Sanitation, dispensaries and jails vaccination Rajputana 1922-1927 - 1922-1927
Year: 1922
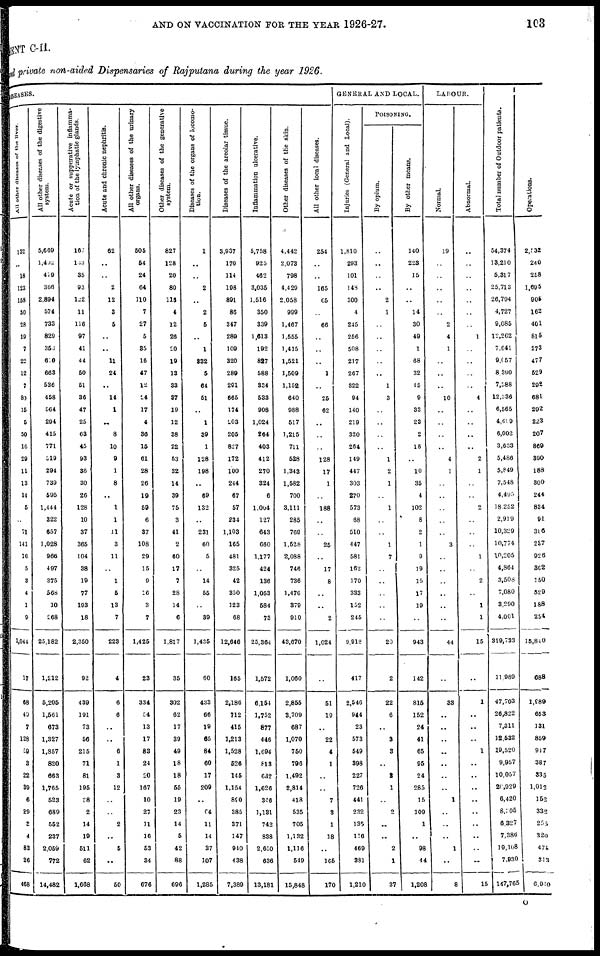
AND ON VACCINATION FOR THE YEAR 1926-27.
103
MENT C-II.
and private non-aided Dispensaries of Rajputana during the year 1926.
DISEASES.
All other diseases of the liver.
132
..
18
123
153
30
28
19
7
22
12
7
80
15
5
50
16
29
11
13
14
5
..
71
141
16
5
3
4
1
9
1,044
17
68
40
7
128
59
3
22
39
6
29
3
4
83
26
468
All other diseases of the digestive
system.
5,669.
1,402
479
366
2,894
574
733
829
353
610
663
536
458
564
294
415
771
319
294
739
595
1,444
322
657
1,028
966
497
375
568
10
268
25,182
1,212
5,205
1,561
673
1,327
1,857
820
663
1,765
523
689
552
237
2,059
772
14,482
Acute or suppurative inflamma-
tion of the lymphatic glands.
167
133
35
93
122
11
116
97
41
44
50
51
36
47
25
63
45
93
36
30
26
128
10
37
365
104
38
19
77
193
18
2,350
92
439
191
73
56
215
71
81
195
38
2
14
19
511
62
1,668
Acute and chronic nephritis.
62
..
..
2
12
3
5
..
..
11
24
..
14
1
..
8
10
9
1
8
..
1
1
11
3
11
..
1
5
13
7
223
4
6
6
..
..
6
1
3
12
..
..
2
..
5
..
50
All other diseases of the urinary
organs.
505
54
24
64
110
7
27
5
35
16
47
12
24
17
4
36
15
61
28
26
19
59
6
37
108
29
15
9
16
3
7
1,425
23
334
54
13
17
83
24
20
167
10
27
11
16
53
34
676
Other diseases of the generative
system.
827
128
20
80
116
4
12
26
20
19
13
33
37
19
12
38
22
53
32
14
39
75
3
41
2
60
17
7
28
14
6
1,817
35
302
62
17
39
49
18
18
55
19
23
14
5
42
88
696
Diseases of the organs of locomo-
tion.
1
..
..
2
..
2
5
..
1
832
5
64
51
..
1
39
1
128
198
..
69
132
..
231
60
5
..
14
55
..
39
1,435
60
433
66
19
65
84
60
17
209
..
64
11
14
37
107
1,285
Diseases of the areolar tissue.
3,937
170
114
198
891
86
347
289
109
320
289
291
665
174
203
205
827
172
100
244
67
57
234
1,103
165
481
325
42
350
123
68
12,646
165
2,186
712
415
1,213
1,528
526
145
1,154
890
385
371
147
940
438
7,389
Inflammation ulcerative.
5,758
925
462
3,035
1,516
350
339
1,613
192
827
588
334
533
908
1,024
264
403
412
270
324
6
1,004
127
643
660
1,177
424
136
1,053
584
73
25,364
1,572
6,154
1,752
877
446
1,694
813
632
1,626
346
1,131
742
838
2,650
636
13,181
Other diseases of the skin.
4,442
2,073
798
4,429
2,058
999
1,467
1,555
1,415
1,521
1,509
1,152
640
988
517
1,215
711
528
1,343
1,582
700
3,111
285
769
1,528
2,088
746
736
1,476
379
910
43,670
1,060
2,855
3,709
687
1,070
750
796
1,492
2,814
418
535
705
1,132
1,116
549
15,848
All other local diseases.
254
..
..
165
65
..
66
..
..
..
1
..
25
62
..
..
..
128
17
1
..
188
..
..
25
..
17
8
..
..
2
1,024
..
51
19
..
22
4
1
..
..
7
3
1
18
..
165
170
GENERAL AND LOCAL.
Injuries (General and Local).
1,810
293
101
148
300
4
245
256
508
217
267
322
94
140
219
320
264
149
447
303
270
573
68
510
447
581
162
170
333
152
245
9,918
417
2,546
944
23
573
549
398
227
726
441
232
135
116
469
381
1,210
POISONING.
By opium.
..
..
..
..
2
1
..
..
..
..
..
1
3
..
..
..
..
1
2
1
..
1
..
..
1
7
..
..
..
..
..
20
2
22
6
..
3
3
..
2
1
..
2
..
..
2
1
37
By other means.
140
223
15
..
..
14
30
49
1
68
32
45
9
33
23
2
18
..
10
35
4
102
8
2
1
9
19
15
17
19
..
943
142
815
152
24
41
65
95
24
285
15
109
1
..
98
44
1,208
LABOUR.
Normal.
19
..
..
..
..
..
2
4
1
..
..
..
10
..
..
..
..
4
1
..
..
..
..
..
3
..
..
..
..
..
..
44
..
33
..
..
..
..
..
..
..
1
..
..
..
1
..
8
Abnormal.
..
..
..
..
..
..
..
1
..
..
..
..
4
..
..
..
..
2
1
..
..
2
..
..
..
1
..
2
..
1
1
15
..
1
..
..
..
1
..
..
..
..
..
..
..
..
..
15
Total number of Outdoor patients.
54,374
13,210
5,317
25,713
26,794
4,727
9,085
12,262
7,641
9,057
8,390
7,388
12,336
6,565
4,609
6,002
3,633
5,486
5,849
7,548
4,495
18,252
2,919
10,329
10,774
10,205
4,864
3,508
7,080
3,290
4,001
319,733
11,989
47,703
26,822
7,311
12,532
19,520
9,957
10,057
20,929
6,420
8,305
6,327
7,386
19,108
7,930
147,765
Operations.
2,032
240
258
1,695
905
162
401
815
273
477
529
292
681
292
223
207
869
390
188
300
244
834
91
386
287
926
302
150
529
188
254
15,840
688
1,989
653
131
859
947
387
335
1,012
152
332
255
320
474
313
6,940
O